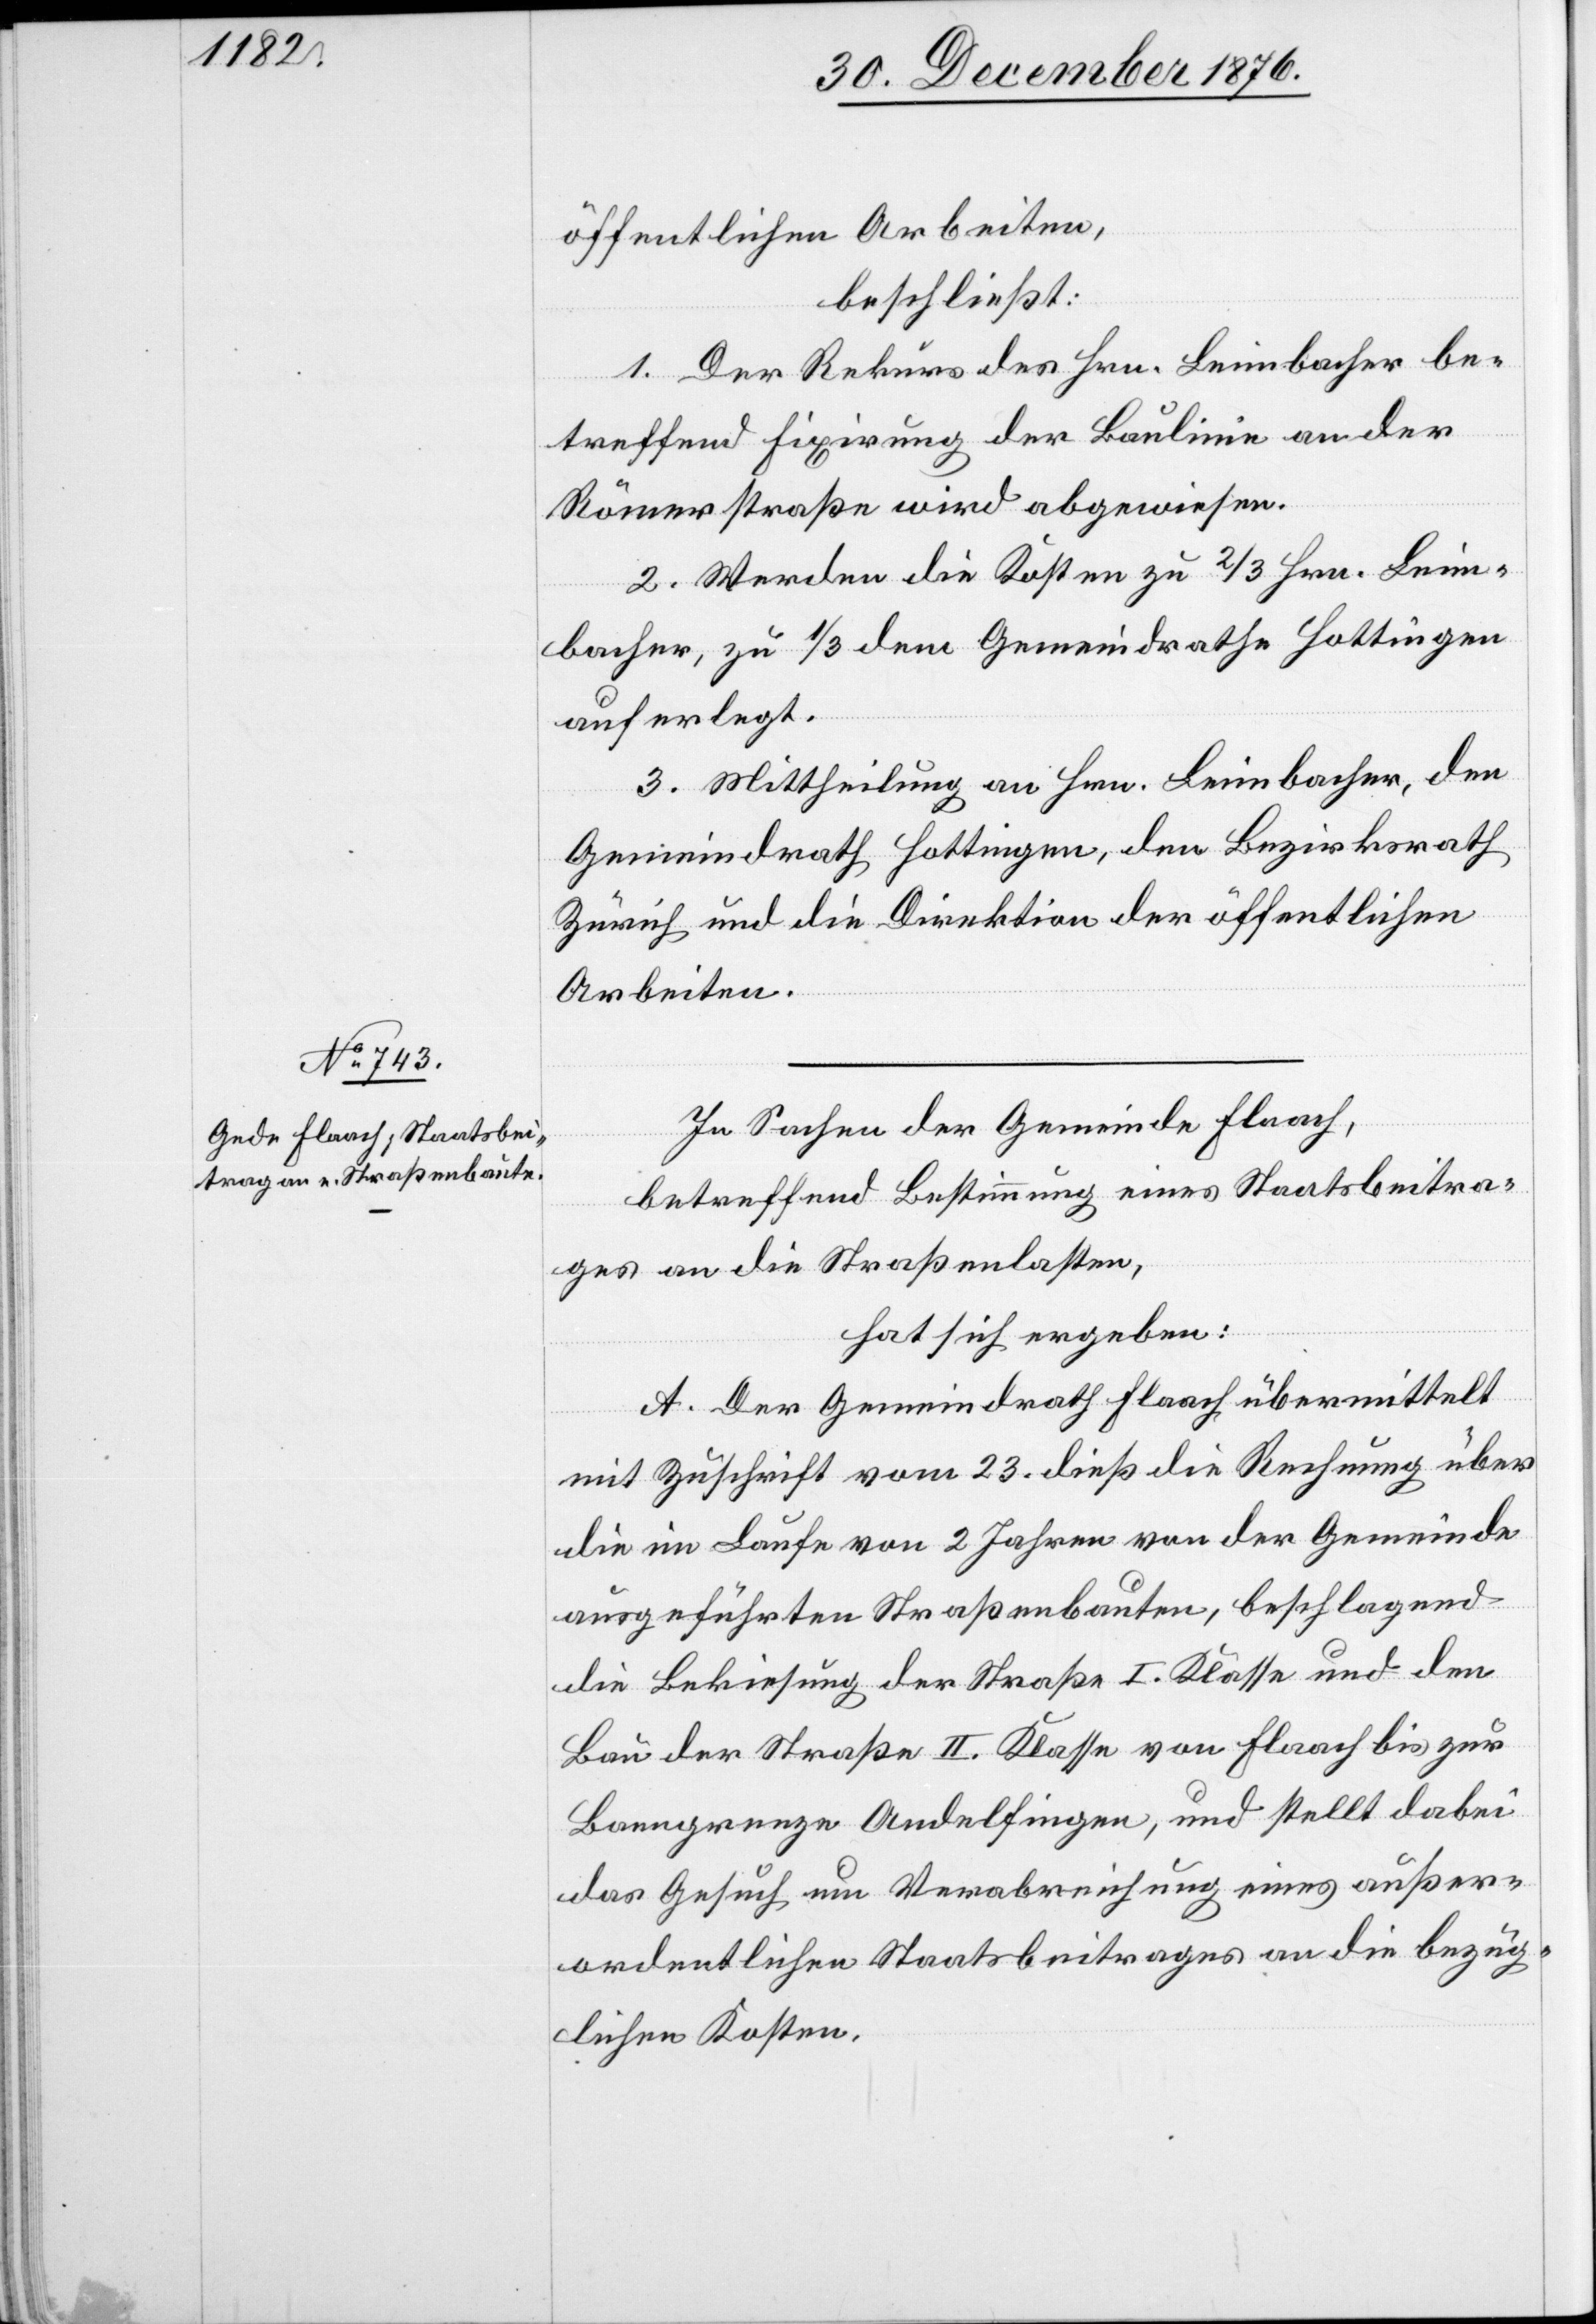
öffentlichen Arbeiten,
beschließt:
1. Der Rekurs des Hrn. Leimbacher be¬
treffend Fixirung der Baulinie an der
Römerstraße wird abgewiesen.
2. Werden die Kosten zu 2/3 Hrn. Leim¬
bacher, zu 1/3 dem Gemeindrathe Hottingen
auferlegt.
3. Mittheilung an Hrn. Leimbacher, den
Gemeindrath Hottingen, den Bezirksrath
Zürich und die Direktion der öffentlichen
Arbeiten.
In Sachen der Gemeinde Flaach,
betreffend Bestimmung eines Staatsbeitra¬
ges an die Straßenlasten,
hat sich ergeben:
A. Der Gemeindrath Flaach übermittelt
mit Zuschrift vom 23. dieß die Rechnung über
die im Laufe von 2 Jahren vom der Gemeinde
ausgeführten Straßenbauten, beschlagend
die Bekiesung der Straße I. Klasse und den
Bau der Straße II. Klasse von Flaach bis zur
Banngrenze Andelfingen, und stellt dabei
das Gesuch um Verarbeitung eines außer¬
ordentlichen Staatsbeitrages an die bezüg¬
lichen Kosten.